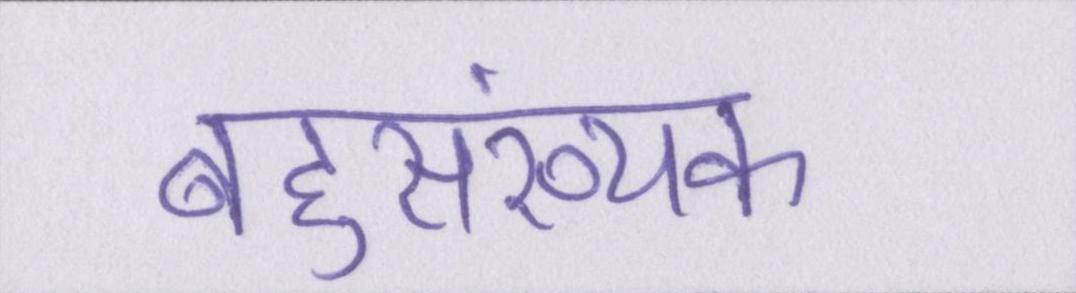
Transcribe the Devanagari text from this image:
बहुसंख्यक